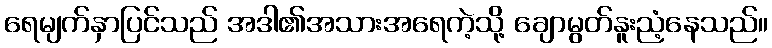
ရေမျက်နှာပြင်သည် အဒါ၏အသားအရေကဲ့သို့ ချောမွတ်နူးညံ့နေသည်။